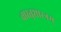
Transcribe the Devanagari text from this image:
वास्तुशास्त्रम्‌